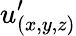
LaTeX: u_{(x,y,z)}^{\prime}